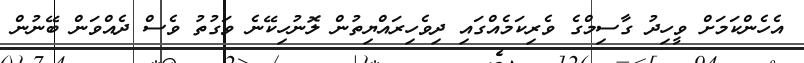
އެހެންކަމަށް ވީހިދު ގާސިމްގެ ވެރިކަމެއްގައި ދިވެހިރައްޔިތުން ލޮނުހިކޭނެ ވަގުތު ވެސް ދެއްވަން ބޭނުން